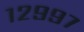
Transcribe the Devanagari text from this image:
१२९९७